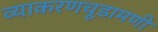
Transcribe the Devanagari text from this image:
व्याकरणचूडामणी